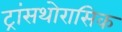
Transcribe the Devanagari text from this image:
ट्रांसथोरासिक